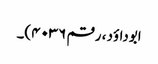
ابوداؤد ، رقم ۴۰۳۶)۔